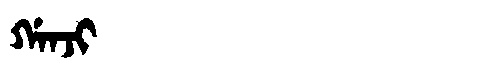
Manchu: ᡤᠠᠨᠵᡳ
Romanization: GANJI